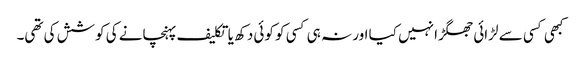
کبھی کسی سے لڑائی جھگڑا نہیں کیا اور نہ ہی کسی کو کوئی دکھ یا تکلیف پہنچانے کی کوشش کی تھی۔